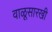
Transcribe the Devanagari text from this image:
वाळूसारखी